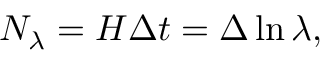
N _ { \lambda } = H \Delta t = \Delta \ln \lambda ,